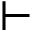
\vdash